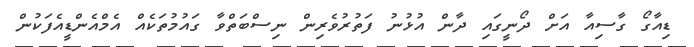
ޑިއާގޯ ގާސިއާ އަށް ދޯނީގައި ދާން އުޅުނު ފަތުރުވެރިން ނިސްބަތްވާ ގައުމުތަކެއް އެމްއެންޑީއެފަކުން